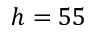
h = 5 5